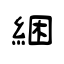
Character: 綑